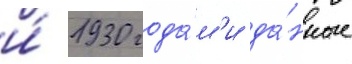
и́ 1930 года́м'и да́нные